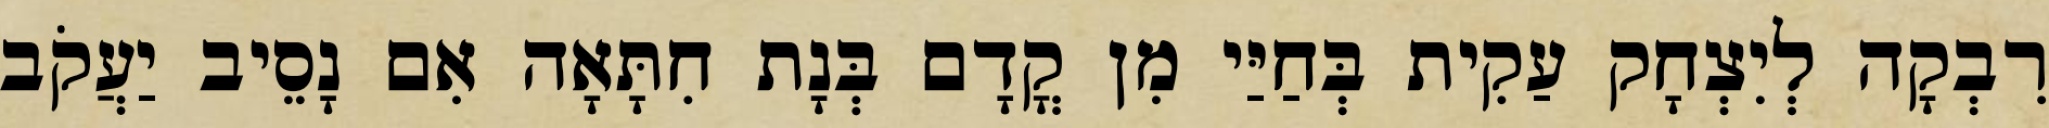
רִבְקָה לְיִצְחָק עַקִית בְּחַיַּי מִן קֳדָם בְּנָת חִתָּאָה אִם נָסֵיב יַעֲקֹב